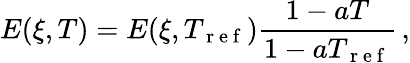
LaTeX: E(\xi,T)=E(\xi,T_{\mathrm{~r~e~f~}})\frac{1-aT}{1-aT_{\mathrm{~r~e~f~}}}\, ,